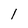
Character: 1